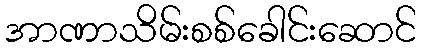
အာဏာသိမ်းစစ်ခေါင်းဆောင်